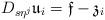
LaTeX: \begin{align*}D_{s\eta^j}\mathfrak{u}_i=\mathfrak{f}-\mathfrak{z}_i\end{align*}